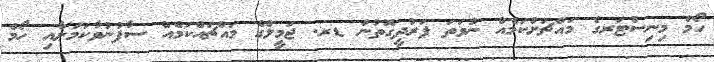
ހޯމް މިނިސްޓަރގެ މައްޗަށްކަމެއް ނުވަތަ ފަރުދީގޮތުން ޑރ. ޖަމީލްގެ މައްޗައްކަމެއް ސާފުނުވާކަމަށާއި ހޯމް